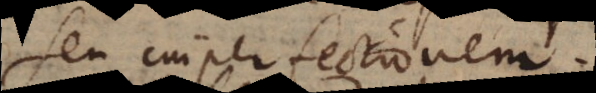
seu imperfectionem.